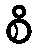
စိ